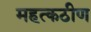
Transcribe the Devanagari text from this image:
महत्कठीण